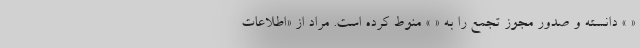
« » دانسته و صدور مجوز تجمع را به « » منوط کرده است. مراد از «اطلاعات